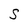
Character: S